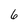
Character: 6